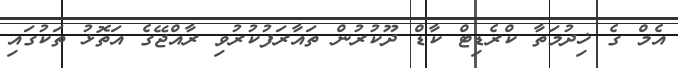
އެމް ގެ ޚިދުމަތާ ކްރެޑިޓް ކާޑް ދޫކުރުން ތައާރަފުކުރުވި ރާއްޖޭގެ އަތޮޅު ތަކުގައި